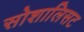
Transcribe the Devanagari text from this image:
सोशालिसट